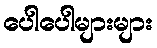
ပေါပေါများများ